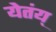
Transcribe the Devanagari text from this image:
येतंय्